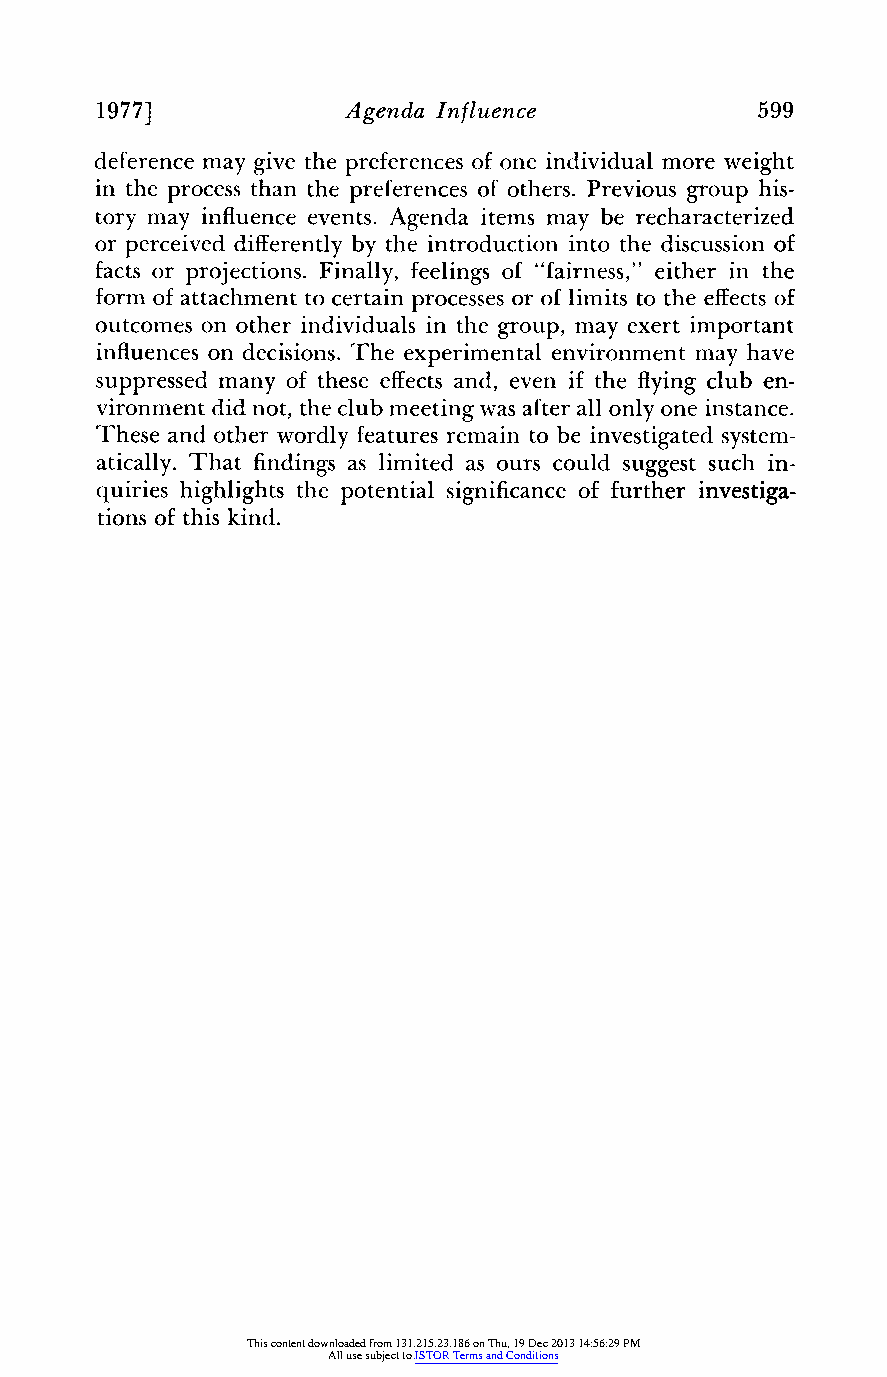
1977]            Agenda Influence           599
 deference may give the preferenceso f one individual more weight
 in the process than the preferenceso f others. Previous group his-
 tory may influence events. Agenda items may be recharacterized
 or perceived differentlyb y the introductioni nto the discussion of
 facts or projections. Finally, feelings of "fairness," either in the
 formo f attachmentt o certain processeso r of limits to the effectso f
 outcomes on other individuals in the group, may exert important
 influenceso n decisions. The experimental environmentm ay have
 suppressed many of these effectsa nd, even if the flyingc lub en-
 vironmentd id not, the club meetingw as aftera ll only one instance.
 These and other wordly featuresr emain to be investigateds ystem-
 atically. That findingsa s limited as ours could suggest such in-
 quiries highlights the potential significanceo f furtheri nvestiga-
 tions of this kind.
 This content downloaded from 131.215.23.186 on Thu, 19 Dec 2013 14:56:29 PM
 All use subject to JSTOR Terms and Conditions